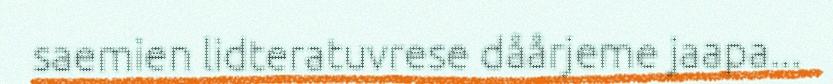
saemien lidteratuvrese dåårjeme jaapa...